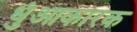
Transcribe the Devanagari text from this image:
धुंआकारक